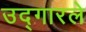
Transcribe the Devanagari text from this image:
उद्‌गारले